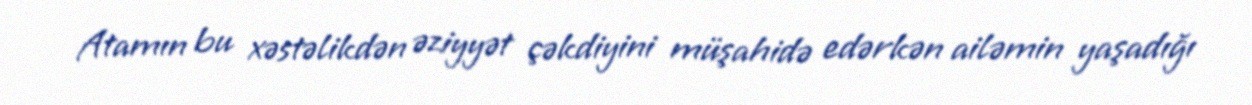
Atamın bu xəstəlikdən əziyyət çəkdiyini müşahidə edərkən ailəmin yaşadığı